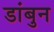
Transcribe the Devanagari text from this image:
डांबुन